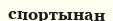
спортынан